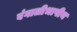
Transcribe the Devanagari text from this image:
बंगालीभाषीय